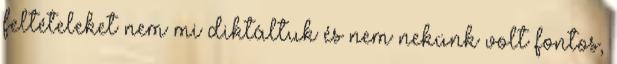
feltételeket nem mi diktáltuk és nem nekünk volt fontos,